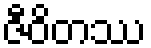
ဇီဝိတဿ